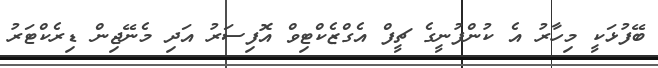
ބޭފުޅަކީ މިހާރު އެ ކުންފުނީގެ ޗީފް އެގްޒެކްޓިވް އޮފިސަރު އަދި މެނޭޖިން ޑިރެކްޓަރު